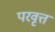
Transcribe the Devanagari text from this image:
परवृत्त